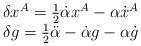
LaTeX: \begin{align*}\begin{array}{cc}\delta x^A = \frac{1}{2}\dot \alpha x^A - \alpha \dot x^A \\\delta g = \frac{1}{2} \ddot \alpha -\dot \alpha g - \alpha \dot g\end{array}\end{align*}